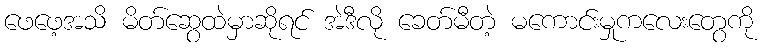
ဖေဖေ့အသိ မိတ်ဆွေထဲမှာဆိုရင် အဲဒီလို ခေတ်မီတဲ့ မကောင်းမှုကလေးတွေကို